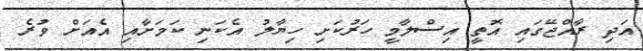
އަދި ރާއްޖޭގައި އޮތީ އިސްލާމީ ހަރުކަށި ހިޔާލު އެކަނި ކަމަށާއި އެއަށް ވުރެ